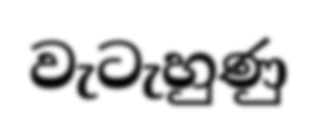
වැටැහුණු